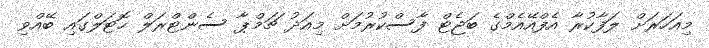
މިއަހަރަށް ލަފާކުރާ އެފްއޭއެމްގެ ބަޖެޓް ފާސްކުރުމަށް މިއަދު ޗަމްޕާ ސެންޓްރަލް ހޮޓަލްގައި ބޭއްވި